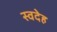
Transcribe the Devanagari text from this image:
स्वदेह